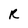
Character: R